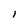
Character: I